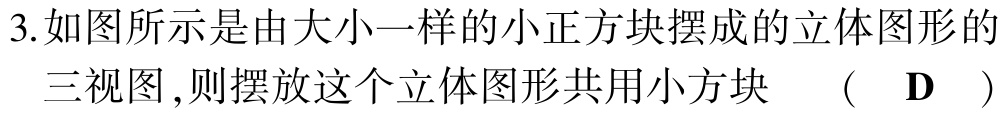
3.如图所示是由大小一样的小正方块摆成的立体图形的
   三视图 ,则摆放这个立体图形共用小方块  （ D  ）